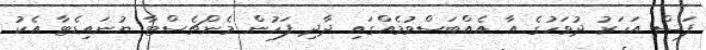
ފަސް އަހަރު ދުވަހުގެ އާ އެއްބަސްވުމެއްގައި ދާދި ފަހުން މެންޗެސްޓާ ޔުނައިޑެޓާ އެކު